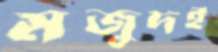
মজুদই